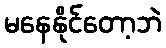
မနေနိုင်တော့ဘဲ